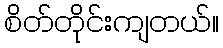
စိတ်တိုင်းကျတယ်။